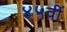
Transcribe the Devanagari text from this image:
४५वीं